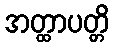
အတ္ထာပတ္တိ